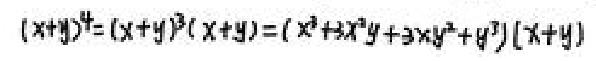
\((x + y)^4=(x + y)^3(x + y)=(x^3 + 3x^2y+3xy^2 + y^3)(x + y)\)